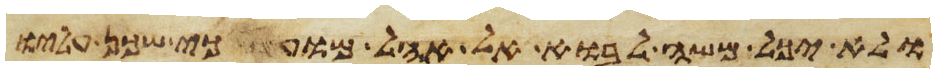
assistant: ולא יכל משה לבוא אל אהל מועד כי שכן עליו